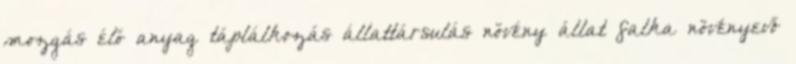
mozgás élő anyag táplálkozás állattársulás növény állat falka növényevő